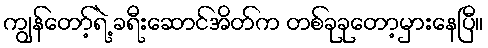
ကျွန်တော့်ရဲ့ ခရီးဆောင်အိတ်က တစ်ခုခုတော့မှားနေပြီ။